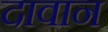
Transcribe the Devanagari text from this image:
दावान